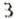
3